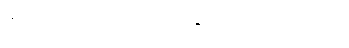
မျက်လုံးကို ဝင့်ကြည့်ကာ ဆက်ပြောလေသည်။